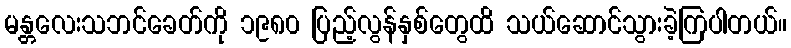
မန္တလေးသဘင်ခေတ်ကို ၁၉၈၀ ပြည့်လွန်နှစ်တွေထိ သယ်ဆောင်သွားခဲ့ကြပါတယ်။